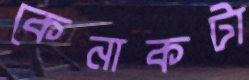
কেনাকটা